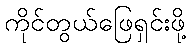
ကိုင်တွယ်ဖြေရှင်းဖို့